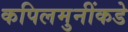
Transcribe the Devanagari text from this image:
कपिलमुनींकडे